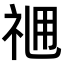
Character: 𥙓